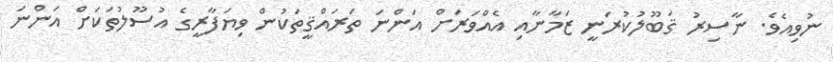
ނުވިއެވެ. ނާސިރު ޤަބޫލުކުރަނީ ޒަމާނާއި އެއްވަރަށް އަންނަ ތަރައްޤީތަކުން ވިޔަފާރީގެ އުސޫލުތަކަށް އަންނަ